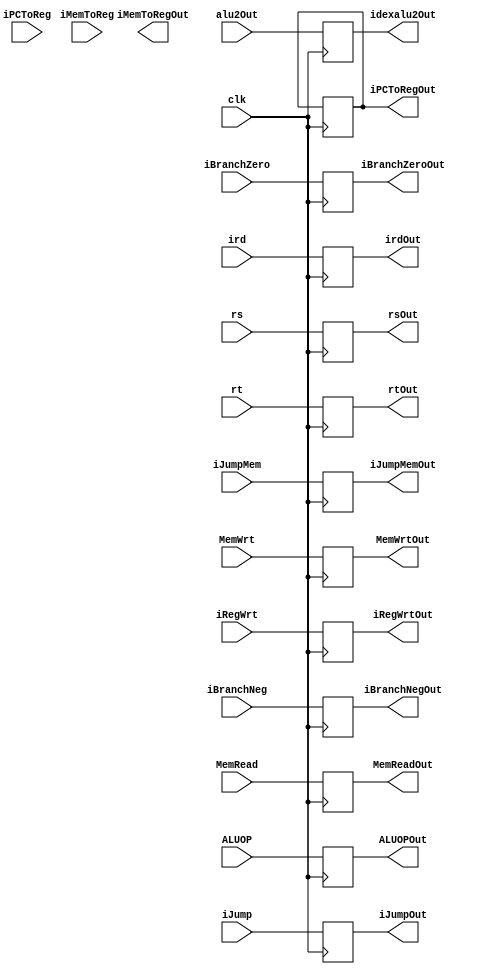
`timescale 1ns / 1ps
//////////////////////////////////////////////////////////////////////////////////
// Company: 
// Engineer: 
// 
// Design Name: 
// Module Name: idex
// Project Name: 
// Target Devices: 
// Tool Versions: 
// Description: 
// 
// Dependencies: 
// 
// Revision:
// Revision 0.01 - File Created
// Additional Comments:
// 
//////////////////////////////////////////////////////////////////////////////////


module idex(clk, iRegWrt,iMemToReg,iPCToReg,iBranchNeg,iBranchZero,
iJump,iJumpMem, ALUOP, MemRead,MemWrt,rs,rt,ird, iRegWrtOut, 
iMemToRegOut, iPCToRegOut, iBranchNegOut, iBranchZeroOut,iJumpOut,
 iJumpMemOut, ALUOPOut, MemReadOut,MemWrtOut,rsOut,
 rtOut, irdOut,alu2Out, idexalu2Out);
 
 // idexbuff(clk, ctrlOutRegWrt, ctrlOutMemToReg, ctrlOutPCtoReg, ctrlOutALUOp, ctrlOutMemRead, ctrlOutMemWrt, ctrlOutBranchNeg,
             //           ctrlOutBranchZero, ctrlOutJump, ctrlOutJumpMem, ctrlOutMemOut, regOutrs, regOutrt, ifidInstructionOut[27:22], idexOutRegWrt,idexOutMemToReg,idexOutPCtoReg, idexOutBranchNeg, 
              //          idexOutBranchZero, idexOutJump, idexOutJumpMem, idexOutALUOp, idexOutMemRead, idexOutMemWrt, idexOutrs, idexOutrt, idexOutrd,alu2Out, idexalu2Out);
 
input clk;
input iRegWrt;
input iMemToReg;
input iPCToReg;
input iBranchNeg;
input iBranchZero;
input iJump;
input iJumpMem;
input [3:0]ALUOP;
input MemRead;
input MemWrt;
input [31:0] rs;
input [31:0] rt;
input [5:0] ird;
input [31:0] alu2Out;

output reg [31:0] idexalu2Out;
output reg iRegWrtOut;
output reg iMemToRegOut;
output reg iPCToRegOut;
output reg iBranchNegOut;
output reg iBranchZeroOut;
output reg iJumpOut;
output reg iJumpMemOut;
output reg [3:0] ALUOPOut;
output reg MemReadOut;
output reg MemWrtOut;
output reg [31:0] rsOut;
output reg [31:0] rtOut;
output reg [5:0] irdOut;


always@(posedge clk)
begin
iRegWrtOut= iRegWrt;
iPCToRegOut=iPCToRegOut;
iBranchNegOut=iBranchNeg;
iBranchZeroOut=iBranchZero;
iJumpOut=iJump;
iJumpMemOut=iJumpMem;
ALUOPOut=ALUOP;
MemReadOut=MemRead;
MemWrtOut=MemWrt;
rsOut=rs;
rtOut=rt;
irdOut=ird;
idexalu2Out=alu2Out;


end  
endmodule